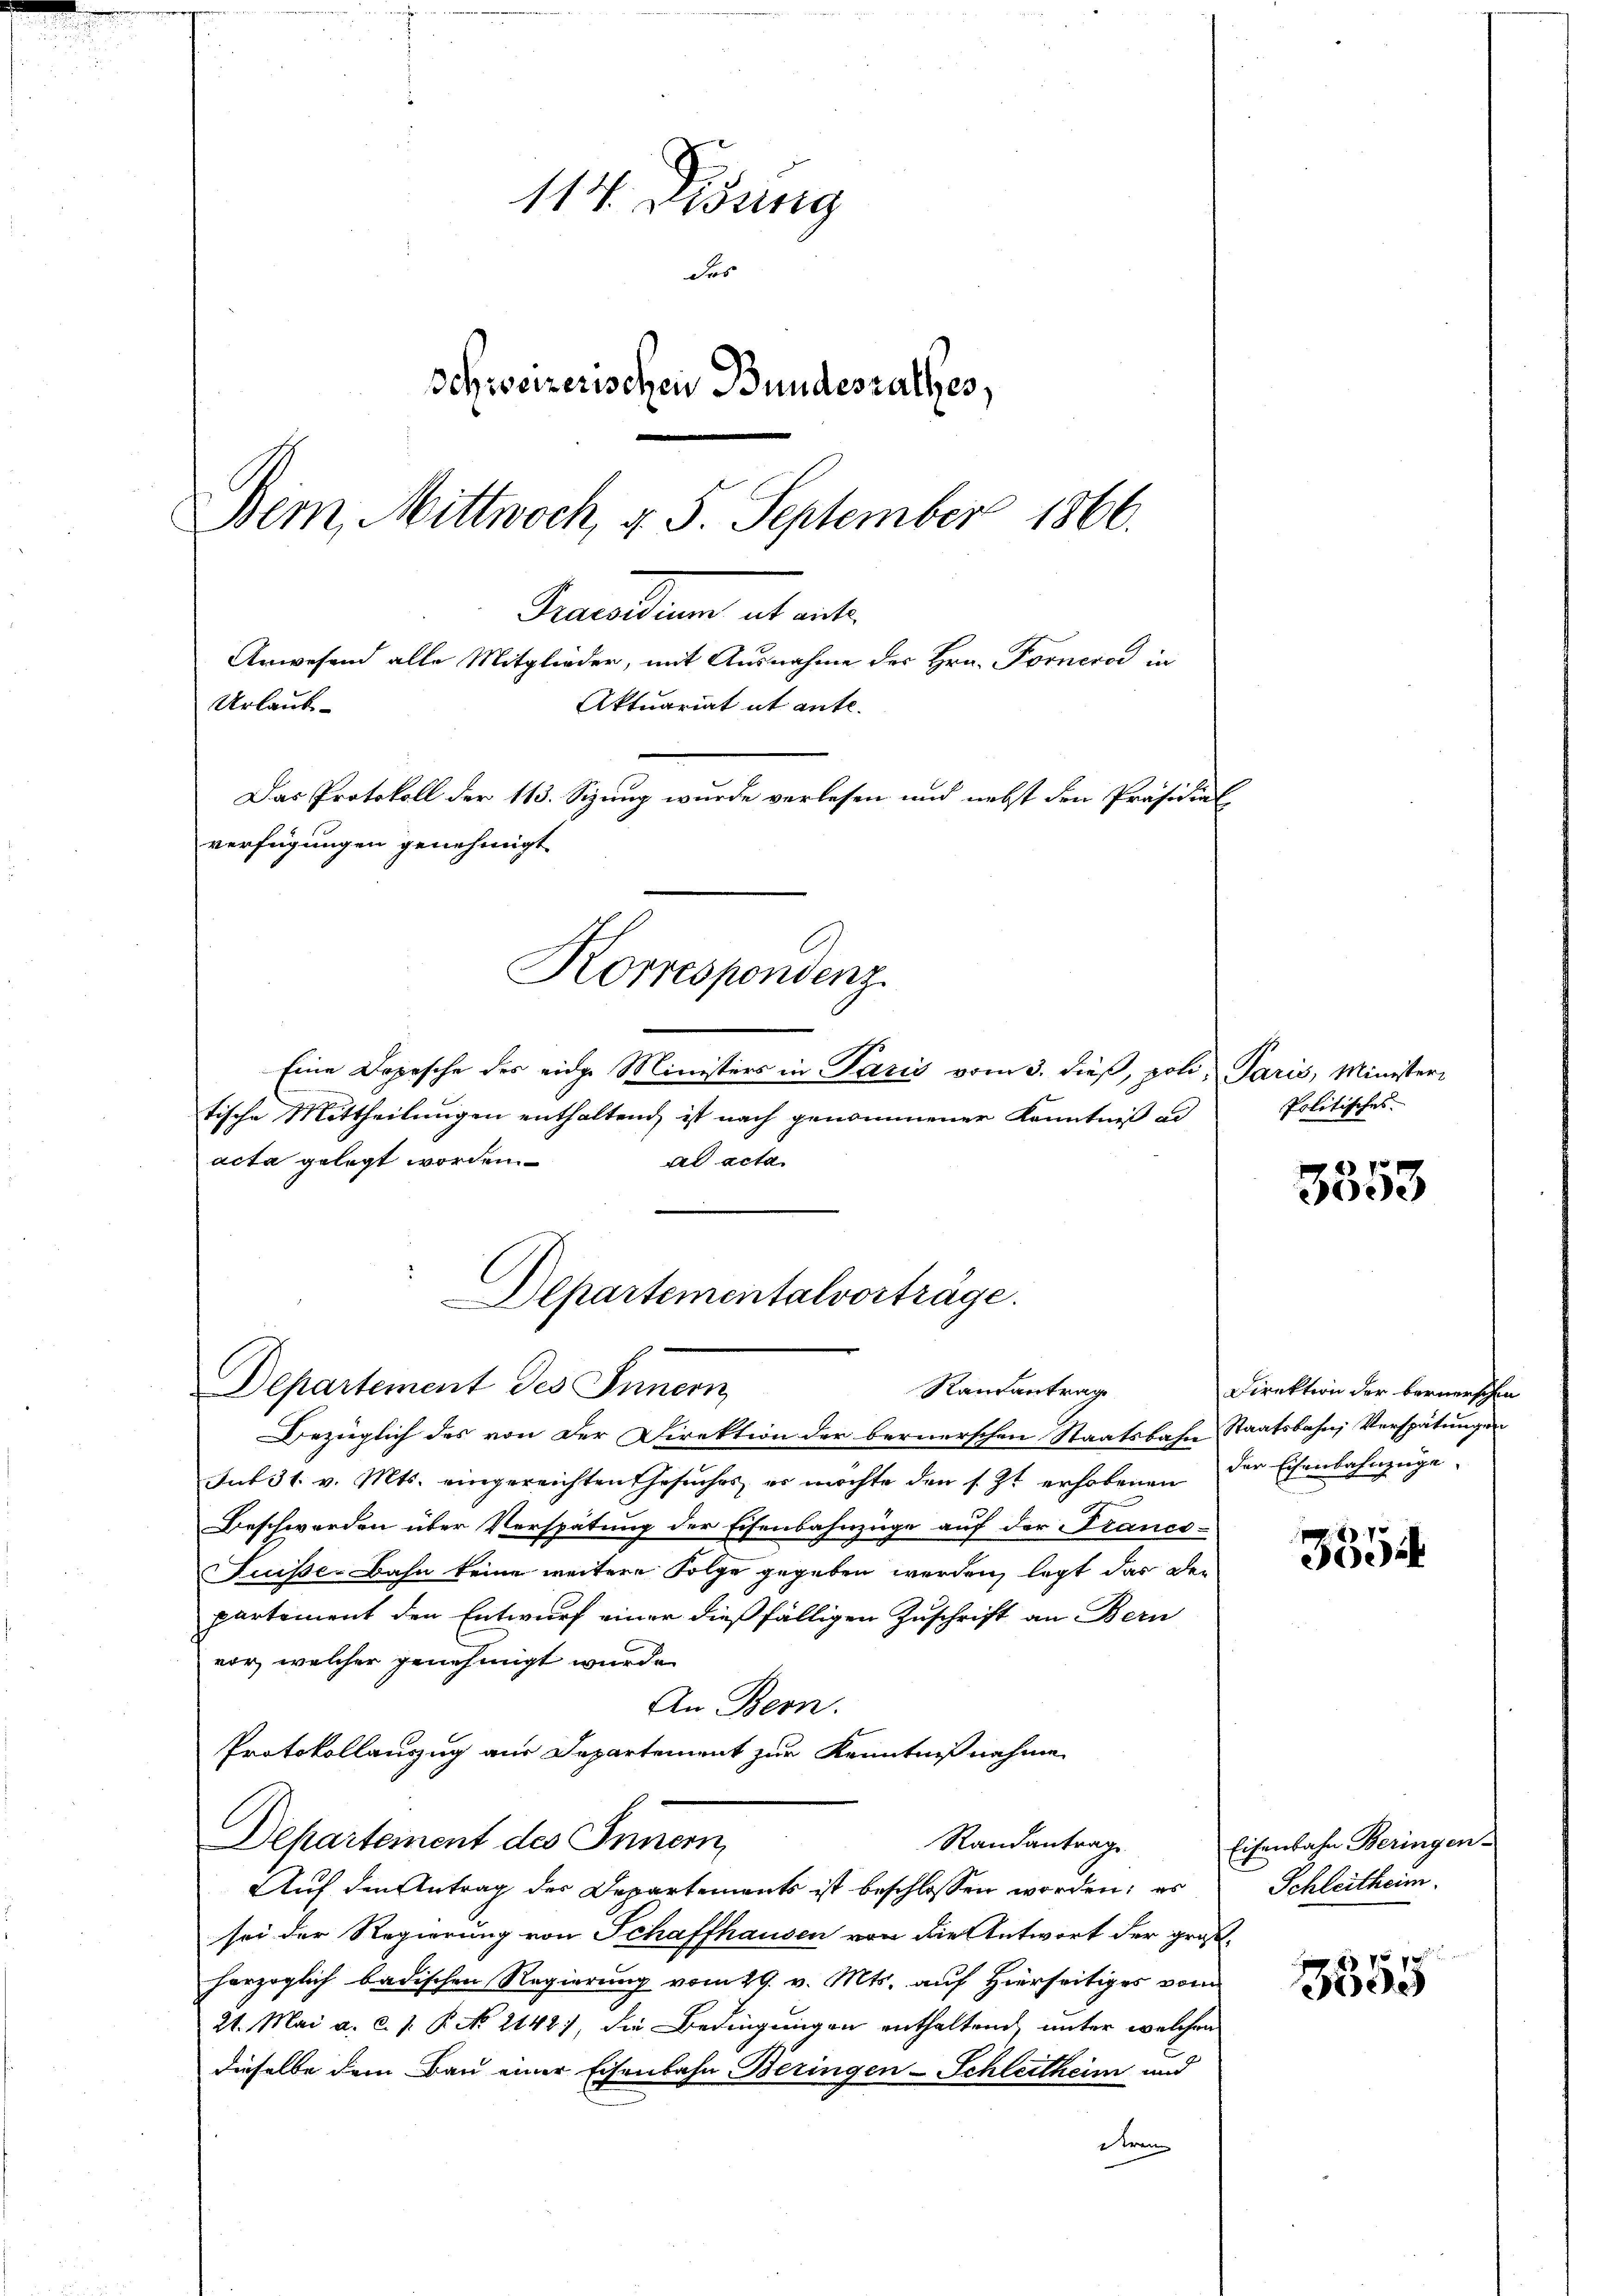
114. Lesung
des
Schweizerischen Bundesrathes,
Dem Mittwoch, § 5. September 1866.
Samilien ab wel¬
Anwesend alle Mitglieder, mit Ausnahme des Hrn. Fornerod in
Urlaub-
Aktuariat it ente.
Das Protokoll der 113. Sizung wurde verlesen und nebst den Präsidialverfügungen genehmigt.
Korrespondenz.
Eine Depesche des eidge Ministers in Paris vom 3. dieß, poli, Paris, Ministeri

Departement des Innern,
Rautantrag

tische Mittheilungen enthaltend, ist nach genommener Kenntniß ad
acta gelegt worden.
dl acta
Departementalvorträge.

Bezüglich des von der Direktion der bernerschen Staatsbahn Staatsbahn Verspätungen
sub 31. v. Mts. eingereichten Gesuches, es möchte den s. Zt. erhobenen
Beschwerden über Verspätung der Eisenbahnzüge auf der Franco-
Fuiße-Bahn keine weitere Folge gegeben werden, legt das den
partement den Entwurf einer dießfälligen Zuschrift an Bern
vor, welcher genehmigt wurde.
An Bern.
Protokollauszug aus Departement zur Kenntnißnahme
Departement des Innern,
Randantrag
Auf den Antrag der Departements ist beschlossen worden; es
sei der Regierung von Schaffhausen von die Antwort der großherzoglich badischen Regierung vom 29. v. Mts. auf Hierseitiges vom
21. Mai a. c. 1. P. No. 2142) die Bedingungen enthaltend, unter welchen
dieselbe dem Bau einer Eisenbahn Beringen-Schleitheim und
tren

Politisches.

3853

Direktion der bernerschen
der Eisenbahnzüge.

8
e

Eisenbahn Beringen-
Schleitheim.

75 f
d